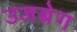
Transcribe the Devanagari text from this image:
उजबेग